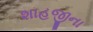
શાહજીના